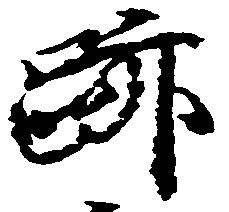
跡